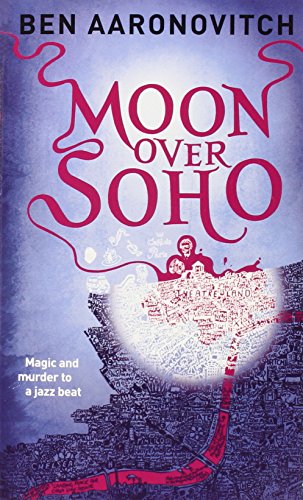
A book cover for Moon Over Soho (Peter Grant); Ben Aaronovitch; Mystery, Thriller & Suspense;